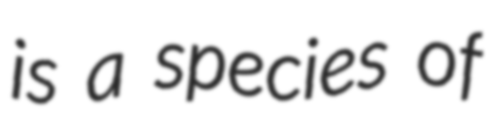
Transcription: is a species of